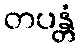
တပန္တံ